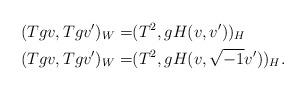
LaTeX: \begin{align*}(Tgv, Tgv^{\prime})_W=&(T^2, gH(v,v^{\prime}))_H \\(Tgv, Tgv^{\prime})_W=&(T^2, gH(v,\sqrt{-1}v^{\prime}))_H. \end{align*}